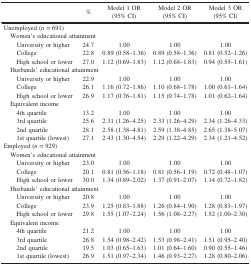
<table><thead><tr><td><b> </b></td><td><b>%</b></td><td><b>Model 1 OR(95% CI)</b></td><td><b>Model 2 OR(95% CI)</b></td><td><b>Model 3 OR(95% CI)</b></td></tr></thead><tbody><tr><td colspan="5">Unemployed (<i>n</i> = 691)</td></tr><tr><td colspan="5"> Women’s educational attainment</td></tr><tr><td>University or higher</td><td>24.7</td><td>1.00</td><td>1.00</td><td>1.00</td></tr><tr><td>College</td><td>22.8</td><td>0.89 (0.58–1.36)</td><td>0.89 (0.58–1.36)</td><td>0.81 (0.52–1.26)</td></tr><tr><td>High school or lower</td><td>27.0</td><td>1.12 (0.69–1.83)</td><td>1.12 (0.68–1.83)</td><td>0.94 (0.55–1.61)</td></tr><tr><td colspan="5"> Husbands’ educational attainment</td></tr><tr><td>University or higher</td><td>22.9</td><td>1.00</td><td>1.00</td><td>1.00</td></tr><tr><td>College</td><td>26.1</td><td>1.16 (0.72–1.86)</td><td>1.10 (0.68–1.78)</td><td>1.00 (0.61–1.64)</td></tr><tr><td>High school or lower</td><td>26.9</td><td>1.17 (0.76–1.81)</td><td>1.15 (0.74–1.78)</td><td>1.01 (0.62–1.64)</td></tr><tr><td colspan="5"> Equivalent income</td></tr><tr><td>4th quartile</td><td>13.2</td><td>1.00</td><td>1.00</td><td>1.00</td></tr><tr><td>3rd quartile</td><td>25.6</td><td>2.31 (1.26–4.25)</td><td>2.33 (1.26–4.29)</td><td>2.34 (1.26–4.33)</td></tr><tr><td>2nd quartile</td><td>28.1</td><td>2.58 (1.38–4.81)</td><td>2.59 (1.38–4.85)</td><td>2.65 (1.38–5.07)</td></tr><tr><td>1st quartile (lowest)</td><td>27.1</td><td>2.43 (1.30–4.54)</td><td>2.29 (1.22–4.29)</td><td>2.34 (1.21–4.52)</td></tr><tr><td colspan="5">Employed (<i>n</i> = 929)</td></tr><tr><td colspan="5"> Women’s educational attainment</td></tr><tr><td>University or higher</td><td>23.0</td><td>1.00</td><td>1.00</td><td>1.00</td></tr><tr><td>College</td><td>20.1</td><td>0.81 (0.56–1.18)</td><td>0.81 (0.56–1.19)</td><td>0.72 (0.48–1.07)</td></tr><tr><td>High school or lower</td><td>30.0</td><td>1.34 (0.89–2.02)</td><td>1.37 (0.91–2.07)</td><td>1.14 (0.72–1.82)</td></tr><tr><td colspan="5"> Husbands’ educational attainment</td></tr><tr><td>University or higher</td><td>20.8</td><td>1.00</td><td>1.00</td><td>1.00</td></tr><tr><td>College</td><td>23.9</td><td>1.25 (0.83–1.88)</td><td>1.26 (0.84–1.90)</td><td>1.28 (0.83–1.97)</td></tr><tr><td>High school or lower</td><td>29.8</td><td>1.55 (1.07–2.24)</td><td>1.56 (1.08–2.27)</td><td>1.52 (1.00–2.30)</td></tr><tr><td colspan="5"> Equivalent income</td></tr><tr><td>4th quartile</td><td>21.2</td><td>1.00</td><td>1.00</td><td>1.00</td></tr><tr><td>3rd quartile</td><td>26.8</td><td>1.54 (0.98–2.42)</td><td>1.53 (0.98–2.41)</td><td>1.51 (0.95–2.40)</td></tr><tr><td>2nd quartile</td><td>19.5</td><td>1.03 (0.65–1.63)</td><td>1.01 (0.64–1.60)</td><td>0.90 (0.55–1.46)</td></tr><tr><td>1st quartile (lowest)</td><td>26.9</td><td>1.51 (0.97–2.34)</td><td>1.46 (0.93–2.27)</td><td>1.28 (0.80–2.06)</td></tr></tbody></table>